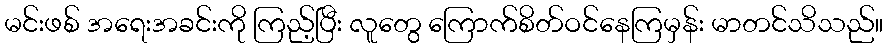
မင်းဖစ် အရေးအခင်းကို ကြည့်ပြီး လူတွေ ကြောက်စိတ်ဝင်နေကြမှန်း မာတင်သိသည်။